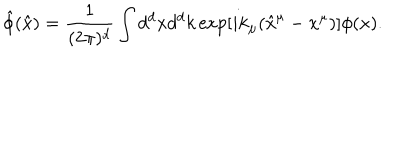
LaTeX: { \hat { \phi } } ( { \hat { x } } ) = \frac { 1 } { ( 2 \pi ) ^ { d } } \int d ^ { d } x d ^ { d } k \exp [ i k _ { \mu } ( { \hat { x } } ^ { \mu } - x ^ { \mu } ) ] \phi ( x ) .